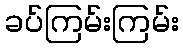
ခပ်ကြမ်းကြမ်း